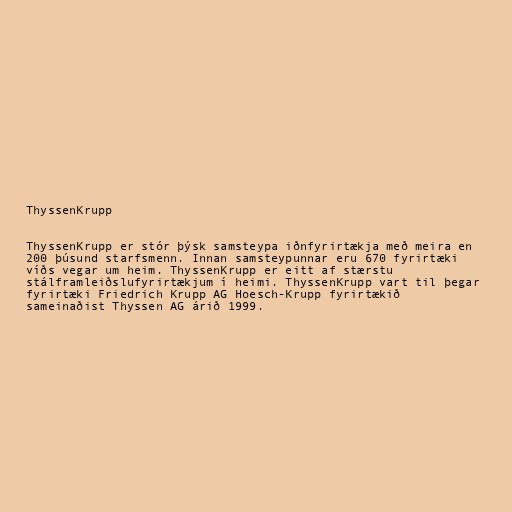
ThyssenKrupp

ThyssenKrupp er stór þýsk samsteypa iðnfyrirtækja með meira en
200 þúsund starfsmenn. Innan samsteypunnar eru 670 fyrirtæki
víðs vegar um heim. ThyssenKrupp er eitt af stærstu
stálframleiðslufyrirtækjum í heimi. ThyssenKrupp vart til þegar
fyrirtæki Friedrich Krupp AG Hoesch-Krupp fyrirtækið
sameinaðist Thyssen AG árið 1999.